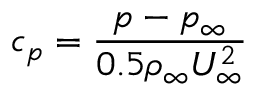
c _ { p } = \frac { p - p _ { \infty } } { 0 . 5 \rho _ { \infty } U _ { \infty } ^ { 2 } }